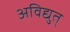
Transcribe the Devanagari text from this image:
अविद्युत्